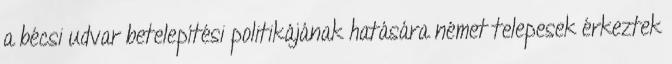
a bécsi udvar betelepítési politikájának hatására német telepesek érkeztek